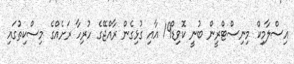
އިސްލާމިކް މިނިސްޓްރީން ބުނީ ކޮވިޑް19 އާއި ގުޅިގެން ރާއްޖޭގެ ހުރިހާ ރަށެއްގެ މިސްކިތުގައި